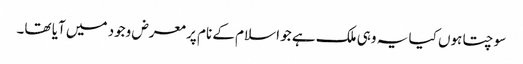
سوچتا ہوں کیا یہ وہی ملک ہے جو اسلام کے نام پر معرض وجود میں آیا تھا۔